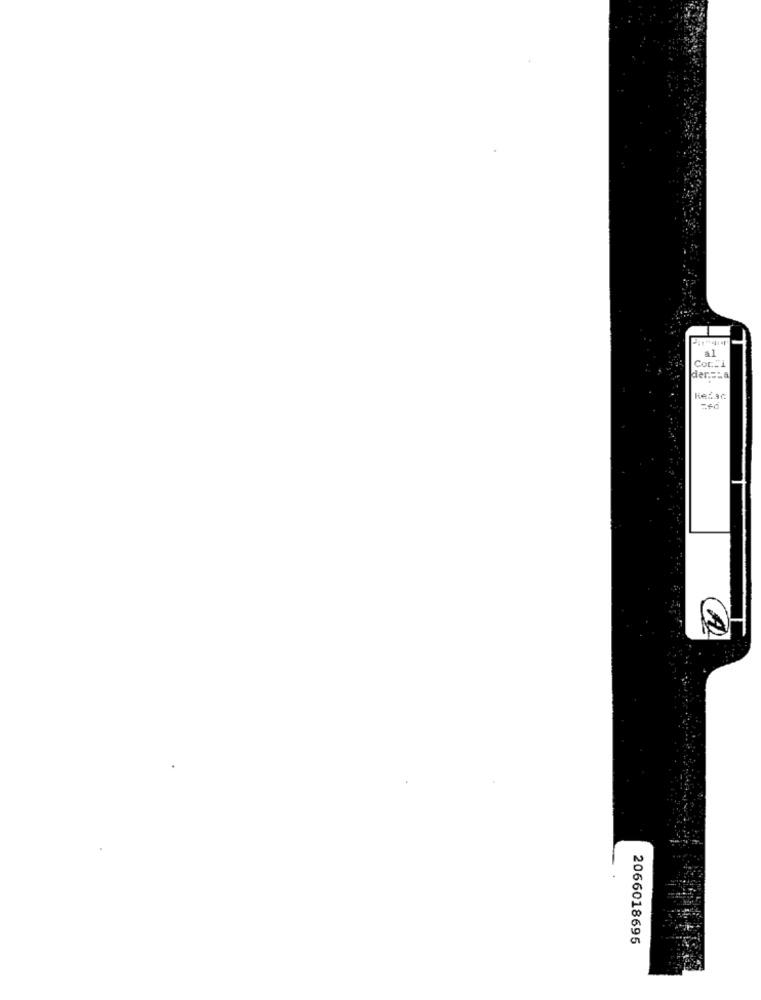
Cor"1
der .= La
keSac
2066018695